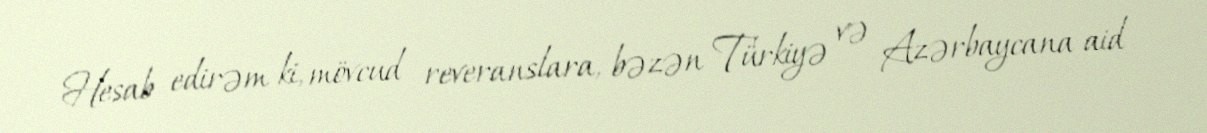
Hesab edirəm ki, mövcud reveranslara, bəzən Türkiyə və Azərbaycana aid